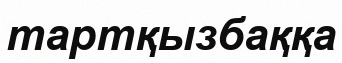
тартқызбаққа